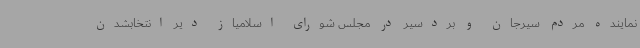
نماینده مردم سیرجان و بردسیر در مجلس شورای اسلامیاز دیر انتخابشدن